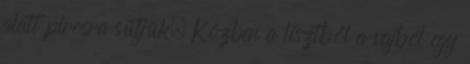
alatt pirosra sütjük. Közben a lisztből a vajból egy